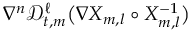
\nabla ^ { n } \mathscr { D } _ { t , m } ^ { \ell } \bigl ( \nabla X _ { m , l } \circ X _ { m , l } ^ { - 1 } \bigr )